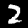
Digit: 2